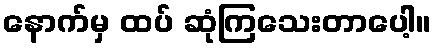
နောက်မှ ထပ် ဆုံကြသေးတာပေါ့။